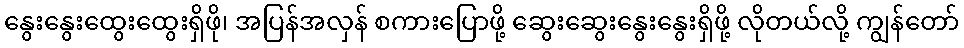
နွေးနွေးထွေးထွေးရှိဖို၊ အပြန်အလှန် စကားပြောဖို့ ဆွေးဆွေးနွေးနွေးရှိဖို့ လိုတယ်လို့ ကျွန်တော်